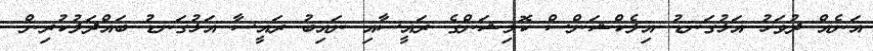
އަނެއް ދުވަހު އަޅުގަނޑު އިލެކްޝަންސް ކޮމިޝަންގެ ރައީސާއި ނައިބު ރައީސާ އަޅުގަނޑު ބައްދަލުކުރިން.